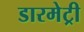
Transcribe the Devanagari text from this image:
डारमेट्री